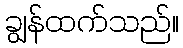
ချွန်ထက်သည်။